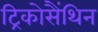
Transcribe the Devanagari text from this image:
ट्रिकोसैंथिन